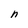
Character: n